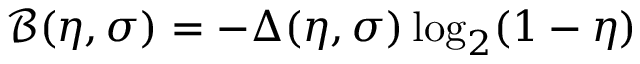
\mathcal { B } ( \eta , \sigma ) = - \Delta ( \eta , \sigma ) \log _ { 2 } ( 1 - \eta )